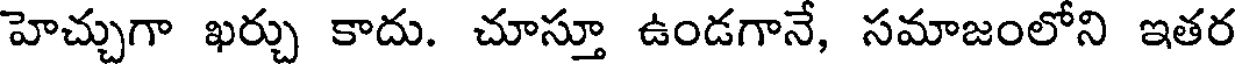
హెచ్చుగా ఖర్చు కాదు. చూస్తూ ఉండగానే, సమాజంలోని ఇతర